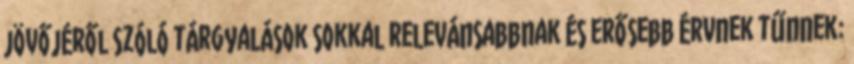
jövőjéről szóló tárgyalások sokkal relevánsabbnak és erősebb érvnek tűnnek: